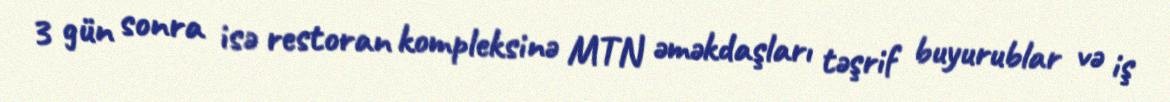
3 gün sonra isə restoran kompleksinə MTN əməkdaşları təşrif buyurublar və iş